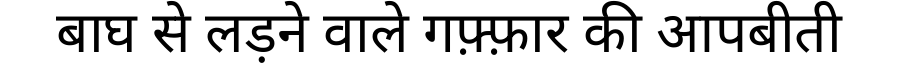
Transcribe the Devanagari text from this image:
बाघ से लड़ने वाले गफ़्फ़ार की आपबीती